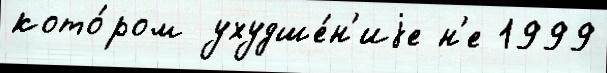
кото́ром ухудше́н'иjе н'е 1999